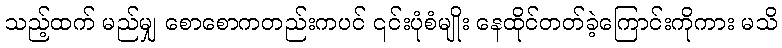
သည့်ထက် မည်မျှ စောစောကတည်းကပင် ၎င်းပုံစံမျိုး နေထိုင်တတ်ခဲ့ကြောင်းကိုကား မသိ